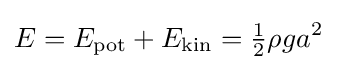
E=E_{\text{pot}}+E_{\text{kin}}={\tfrac {1}{2}}\rho ga^{2}